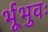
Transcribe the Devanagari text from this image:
र्भूभुवः